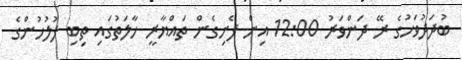
ބުދަދުވަހުގެ ރޭ ދަންވަރު 12:00 އިން ފެށިގެން ތައްޔާރީ ހާލަތުގައި ތިބި ފުލުހުންގެ